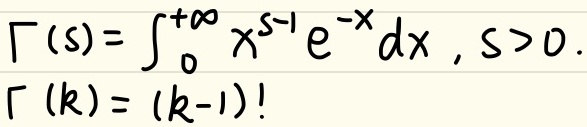
\(\Gamma(s)=\int_{0}^{+\infty}x^{s - 1}e^{-x}dx\)，\(s>0\)。\(\Gamma(k)=(k - 1)!\)